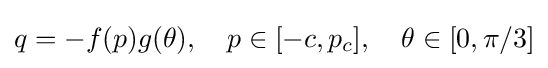
q=-f(p)g(\theta ),\quad p\in [-c,p_{c}],\quad \theta \in [0,\pi /3]